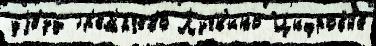
уjе́зд Гр'ем'ячево Лучк'ино Цифровы́е